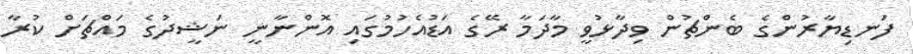
ފަނޑިޔާރުންގެ ބެންޗުން ވިދާޅުވީ މާދަމާ ރޭގެ އަޑުއެހުމުގައި އޮންނާނީ ނަޝީދުގެ މައްޗަށް ކުރާ